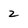
Character: 2